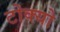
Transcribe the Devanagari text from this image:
टोक्‍यो